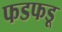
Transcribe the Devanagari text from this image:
फडफडू